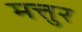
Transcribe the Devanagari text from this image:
मत्तुर